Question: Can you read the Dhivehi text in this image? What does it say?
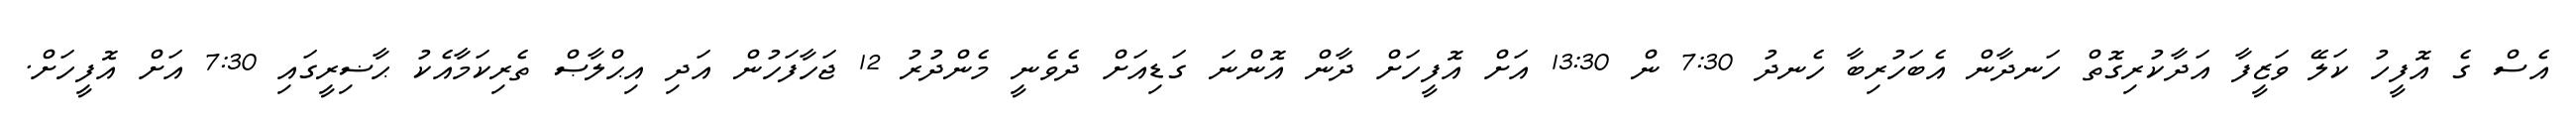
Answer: އެސް ގެ އޮފީހު ކަލޭ ވަޒީފާ އަދާކުރިގޮތް ހަނދާން އެބަހުރިބާ ހެނދު 7:30 ން 13:30 އަށް އޮފީހަށް ދާން އޮންނަ ގަޑިއަށް ދެވެނީ މެންދުރު 12 ޖަހާފަހުން އަދި އިޙްލާޞް ތެރިކަމާއެކު ޙާޟިރީގައި 7:30 އަށް އޮފީހަށް.